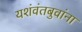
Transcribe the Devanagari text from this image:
यशंवंतबुवांना